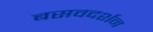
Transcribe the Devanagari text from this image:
बसवदर्शन